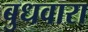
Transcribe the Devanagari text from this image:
बुधवारा